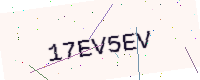
Text: 17EV5EV